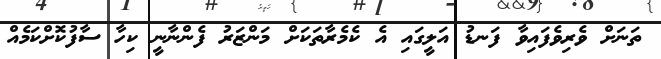
ތަނަށް ވެރިވެފައިވާ ފަނޑު އަލީގައި އެ ކެމެރާތަކަށް މަންޒަރު ފެންނާނީ ކިހާ ސާފުކޮށްކަމެއް